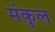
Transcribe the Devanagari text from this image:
मंकुल